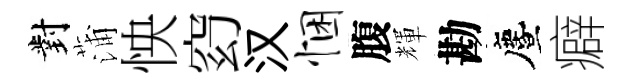
對蒲怏𥥆汉悃腹輝勘󵨌癖